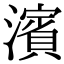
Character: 濱